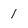
Character: I